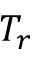
T _ { r }